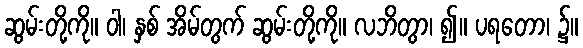
ဆွမ်းတို့ကို။ ဝါ၊ နှစ် အိမ်တွက် ဆွမ်းတို့ကို။ လဘိတွာ၊ ၍။ ပရတော၊ ၌။